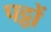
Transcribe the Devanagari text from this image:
पट्ठों